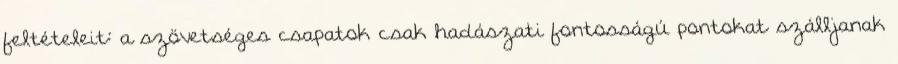
feltételeit: a szövetséges csapatok csak hadászati fontosságú pontokat szálljanak